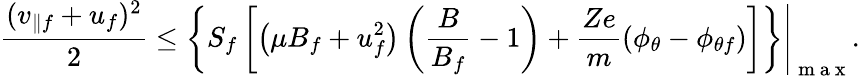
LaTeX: \frac{(v_{\parallel f}+u_{f})^{2}}{2}\leq\left.\left\lbrace S_{f}\left[\left(\mu B_{f}+u_{f}^{2}\right)\left(\frac{B}{B_{f}}-1\right)+\frac{Ze}{m}(\phi_{\theta}-\phi_{\theta f})\right]\right\rbrace\right\rvert_{\mathrm{~m~a~x~}}.